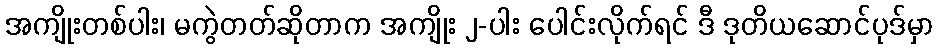
အကျိုးတစ်ပါး၊ မကွဲတတ်ဆိုတာက အကျိုး ၂-ပါး ပေါင်းလိုက်ရင် ဒီ ဒုတိယဆောင်ပုဒ်မှာ